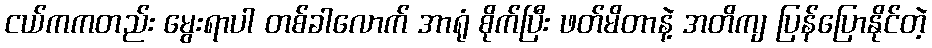
ငယ်ကကတည်း မွေးရာပါ တစ်ခါလောက် အာရုံ စိုက်ပြီး ဖတ်မိတာနဲ့ အတိကျ ပြန်ပြောနိုင်တဲ့